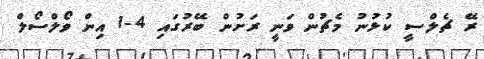
ރޭ ޗެލްސީ ކުޅުނު މެޗުން ވަނީ ރަށުން ބޭރުގައި 4-1 އިން ވޯލްސޯލް